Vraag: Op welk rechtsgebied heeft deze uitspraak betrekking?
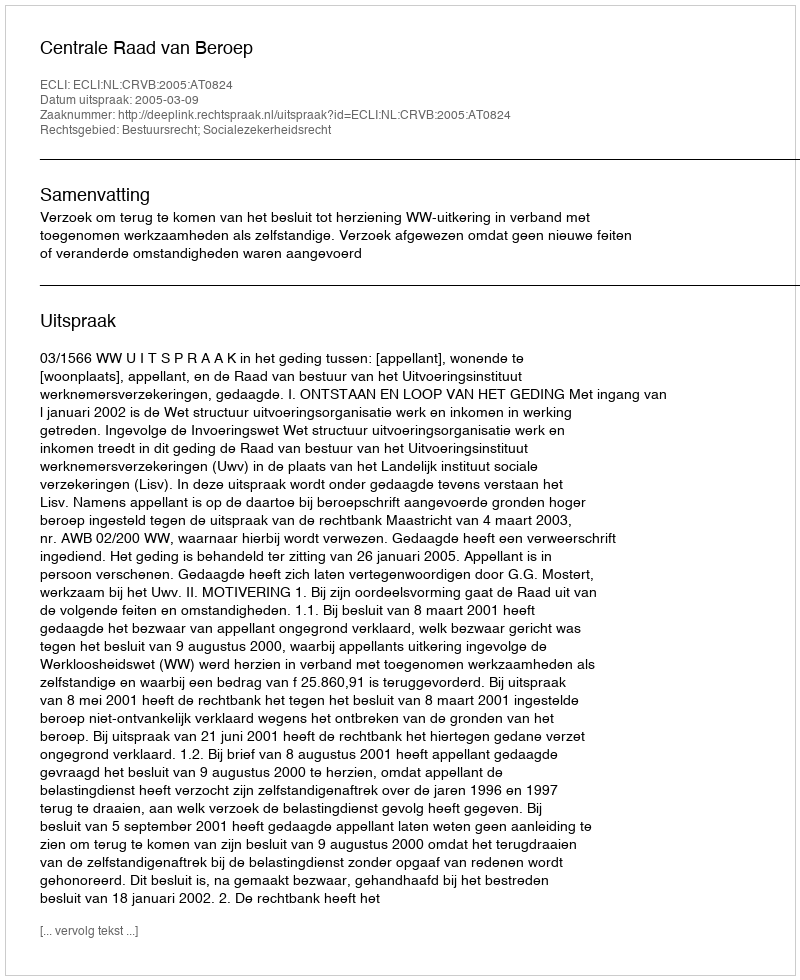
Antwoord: Bestuursrecht; Socialezekerheidsrecht